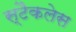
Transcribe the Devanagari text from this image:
स्टैकलेस